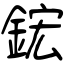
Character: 鋐